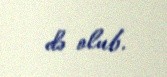
də olub.